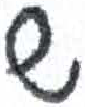
אות: ש